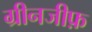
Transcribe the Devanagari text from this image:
ग्रीनजीफ़